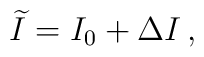
\widetilde{I} = I_0 + \Delta I\,,